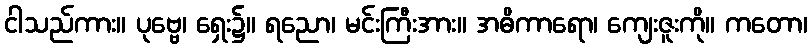
ငါသည်ကား။ ပုဗ္ဗေ၊ ရှေး၌။ ရညော၊ မင်းကြီးအား။ အဓိကာရော၊ ကျေးဇူးကို။ ကတော၊